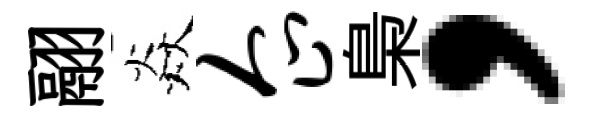
翮焱企梟，